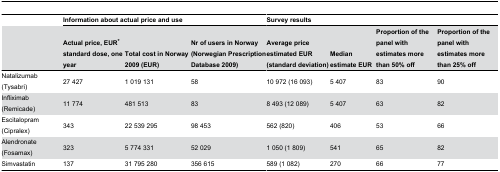
|  | <COLSPAN=3> Information about actual price and use | <COLSPAN=4> Survey results |
 |  | Actual price, EUR* standard dose, one year | Total cost in Norway 2009 (EUR) | Nr of users in Norway (Norwegian Prescription Database 2009) | Average price estimated EUR (standard deviation) | Median estimate EUR | Proportion of the panel with estimates more than 50% off | Proportion of the panel with estimates more than 25% off |
 | --- | --- | --- | --- | --- | --- | --- | --- |
 | Natalizumab (Tysabri) | 27 427 | 1 019 131 | 58 | 10 972 (16 093) | 5 407 | 83 | 90 |
 | Infliximab (Remicade) | 11 774 | 481 513 | 83 | 8 493 (12 089) | 5 407 | 63 | 82 |
 | Escitalopram (Cipralex) | 343 | 22 539 295 | 98 453 | 562 (820) | 406 | 53 | 66 |
 | Alendronate (Fosamax) | 323 | 5 774 331 | 52 029 | 1 050 (1 809) | 541 | 65 | 82 |
 | Simvastatin | 137 | 31 795 280 | 356 615 | 589 (1 082) | 270 | 66 | 77 |